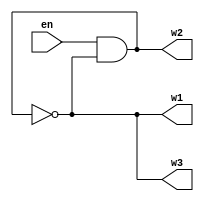
`timescale 1ns / 1ps

module ring_oscillator(
    input en,
    output w1,w2,w3);
    wire w4;
    and #1(w4, en, w3) ;
    not #1(w2, w1) ;
    not #1(w3, w2) ;
    not #1(w1, w4) ; 

endmodule